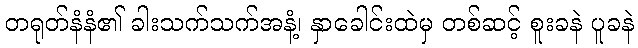
တရုတ်နံနံ၏ ခါးသက်သက်အနံ့၊ နှာခေါင်းထဲမှ တစ်ဆင့် စူးခနဲ ပူခနဲ